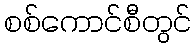
စစ်ကောင်စီတွင်